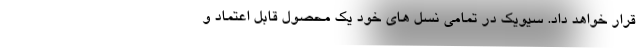
قرار خواهد داد. سیویک در تمامی نسل های خود یک محصول قابل اعتماد و